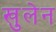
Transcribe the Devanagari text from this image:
खुलेन